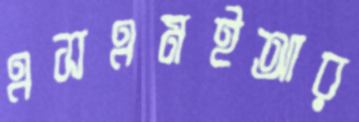
এসএমইআর